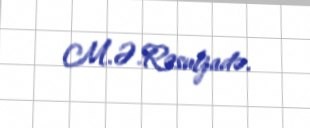
M.Ə.Rəsulzadə.